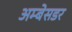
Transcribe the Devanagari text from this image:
अम्बेसडर